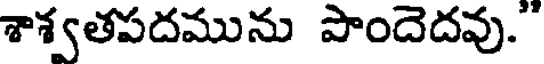
శాశ్వతపదమును పొందెదవు."